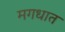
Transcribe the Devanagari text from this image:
मगधात